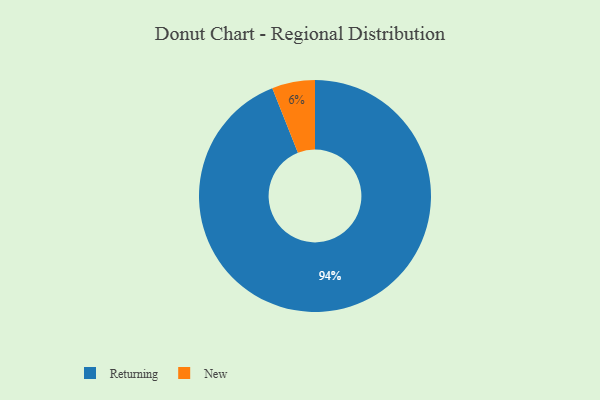
{"axis": {"x": "Category", "y": "Percentage"}, "legend": ["New", "Returning"], "data": [{"x": "New", "y": 6, "type": "New"}, {"x": "Returning", "y": 94, "type": "Returning"}]}